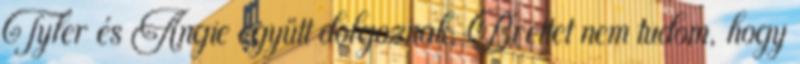
Tyler és Angie együtt dolgoznak, Brettet nem tudom, hogy